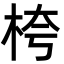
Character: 桍